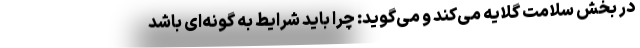
در بخش سلامت گلایه می‌کند و می‌گوید: چرا باید شرایط به گونه‌ای باشد